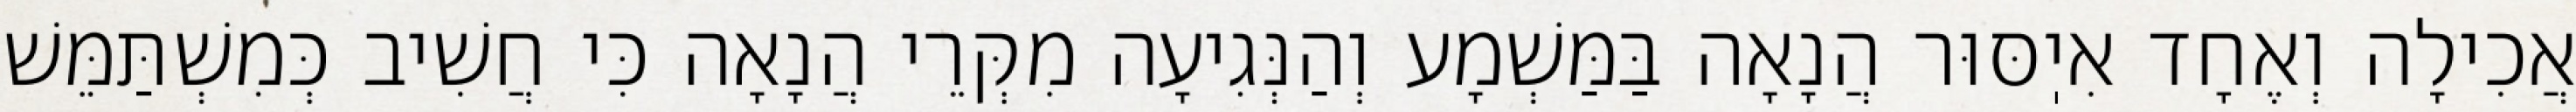
אֲכִילָה וְאֶחָד אִיֽסּוּר הֲנָאָה בַּמַּשְׁמָע וְהַנְּגִיעָה מִקְּרֵי הֲנָאָה כִּי חֲשִׁיב כְּמִשְׁתַּמֵּשׁ